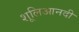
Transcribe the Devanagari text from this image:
शूलिआनदी